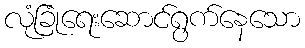
လုံခြုံရေးဆောင်ရွက်နေသော